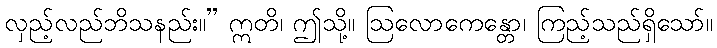
လှည့်လည်ဘိသနည်း။” ဣတိ၊ ဤသို့။ ဩလောကေန္တော၊ ကြည့်သည်ရှိသော်။